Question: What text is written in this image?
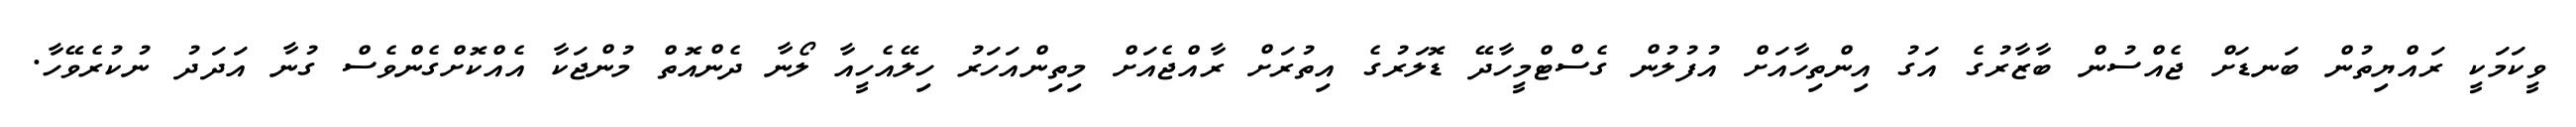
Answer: ވީކަމަކީ ރައްޔިތުން ބަނޑަށް ޖެއްސުން ބާޒާރުގެ އަގު އިންތިހާއަށް އުފުލުން ގެސްޓްމީހާދޭ ޑޮލަރުގެ އިތުރަށް ރާއްޖެއަށް މިތިންއަހަރު ހިލޭއެހީއާ ލޯނާ ދެންއޮތް މުންޖަކާ އެއްކޮށްގެންވެސް ގުނާ އަދަދު ނުކުރެވޭހާ.